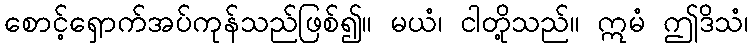
စောင့်ရှောက်အပ်ကုန်သည်ဖြစ်၍။ မယံ၊ ငါတို့သည်။ ဣမံ ဤဒိသံ၊